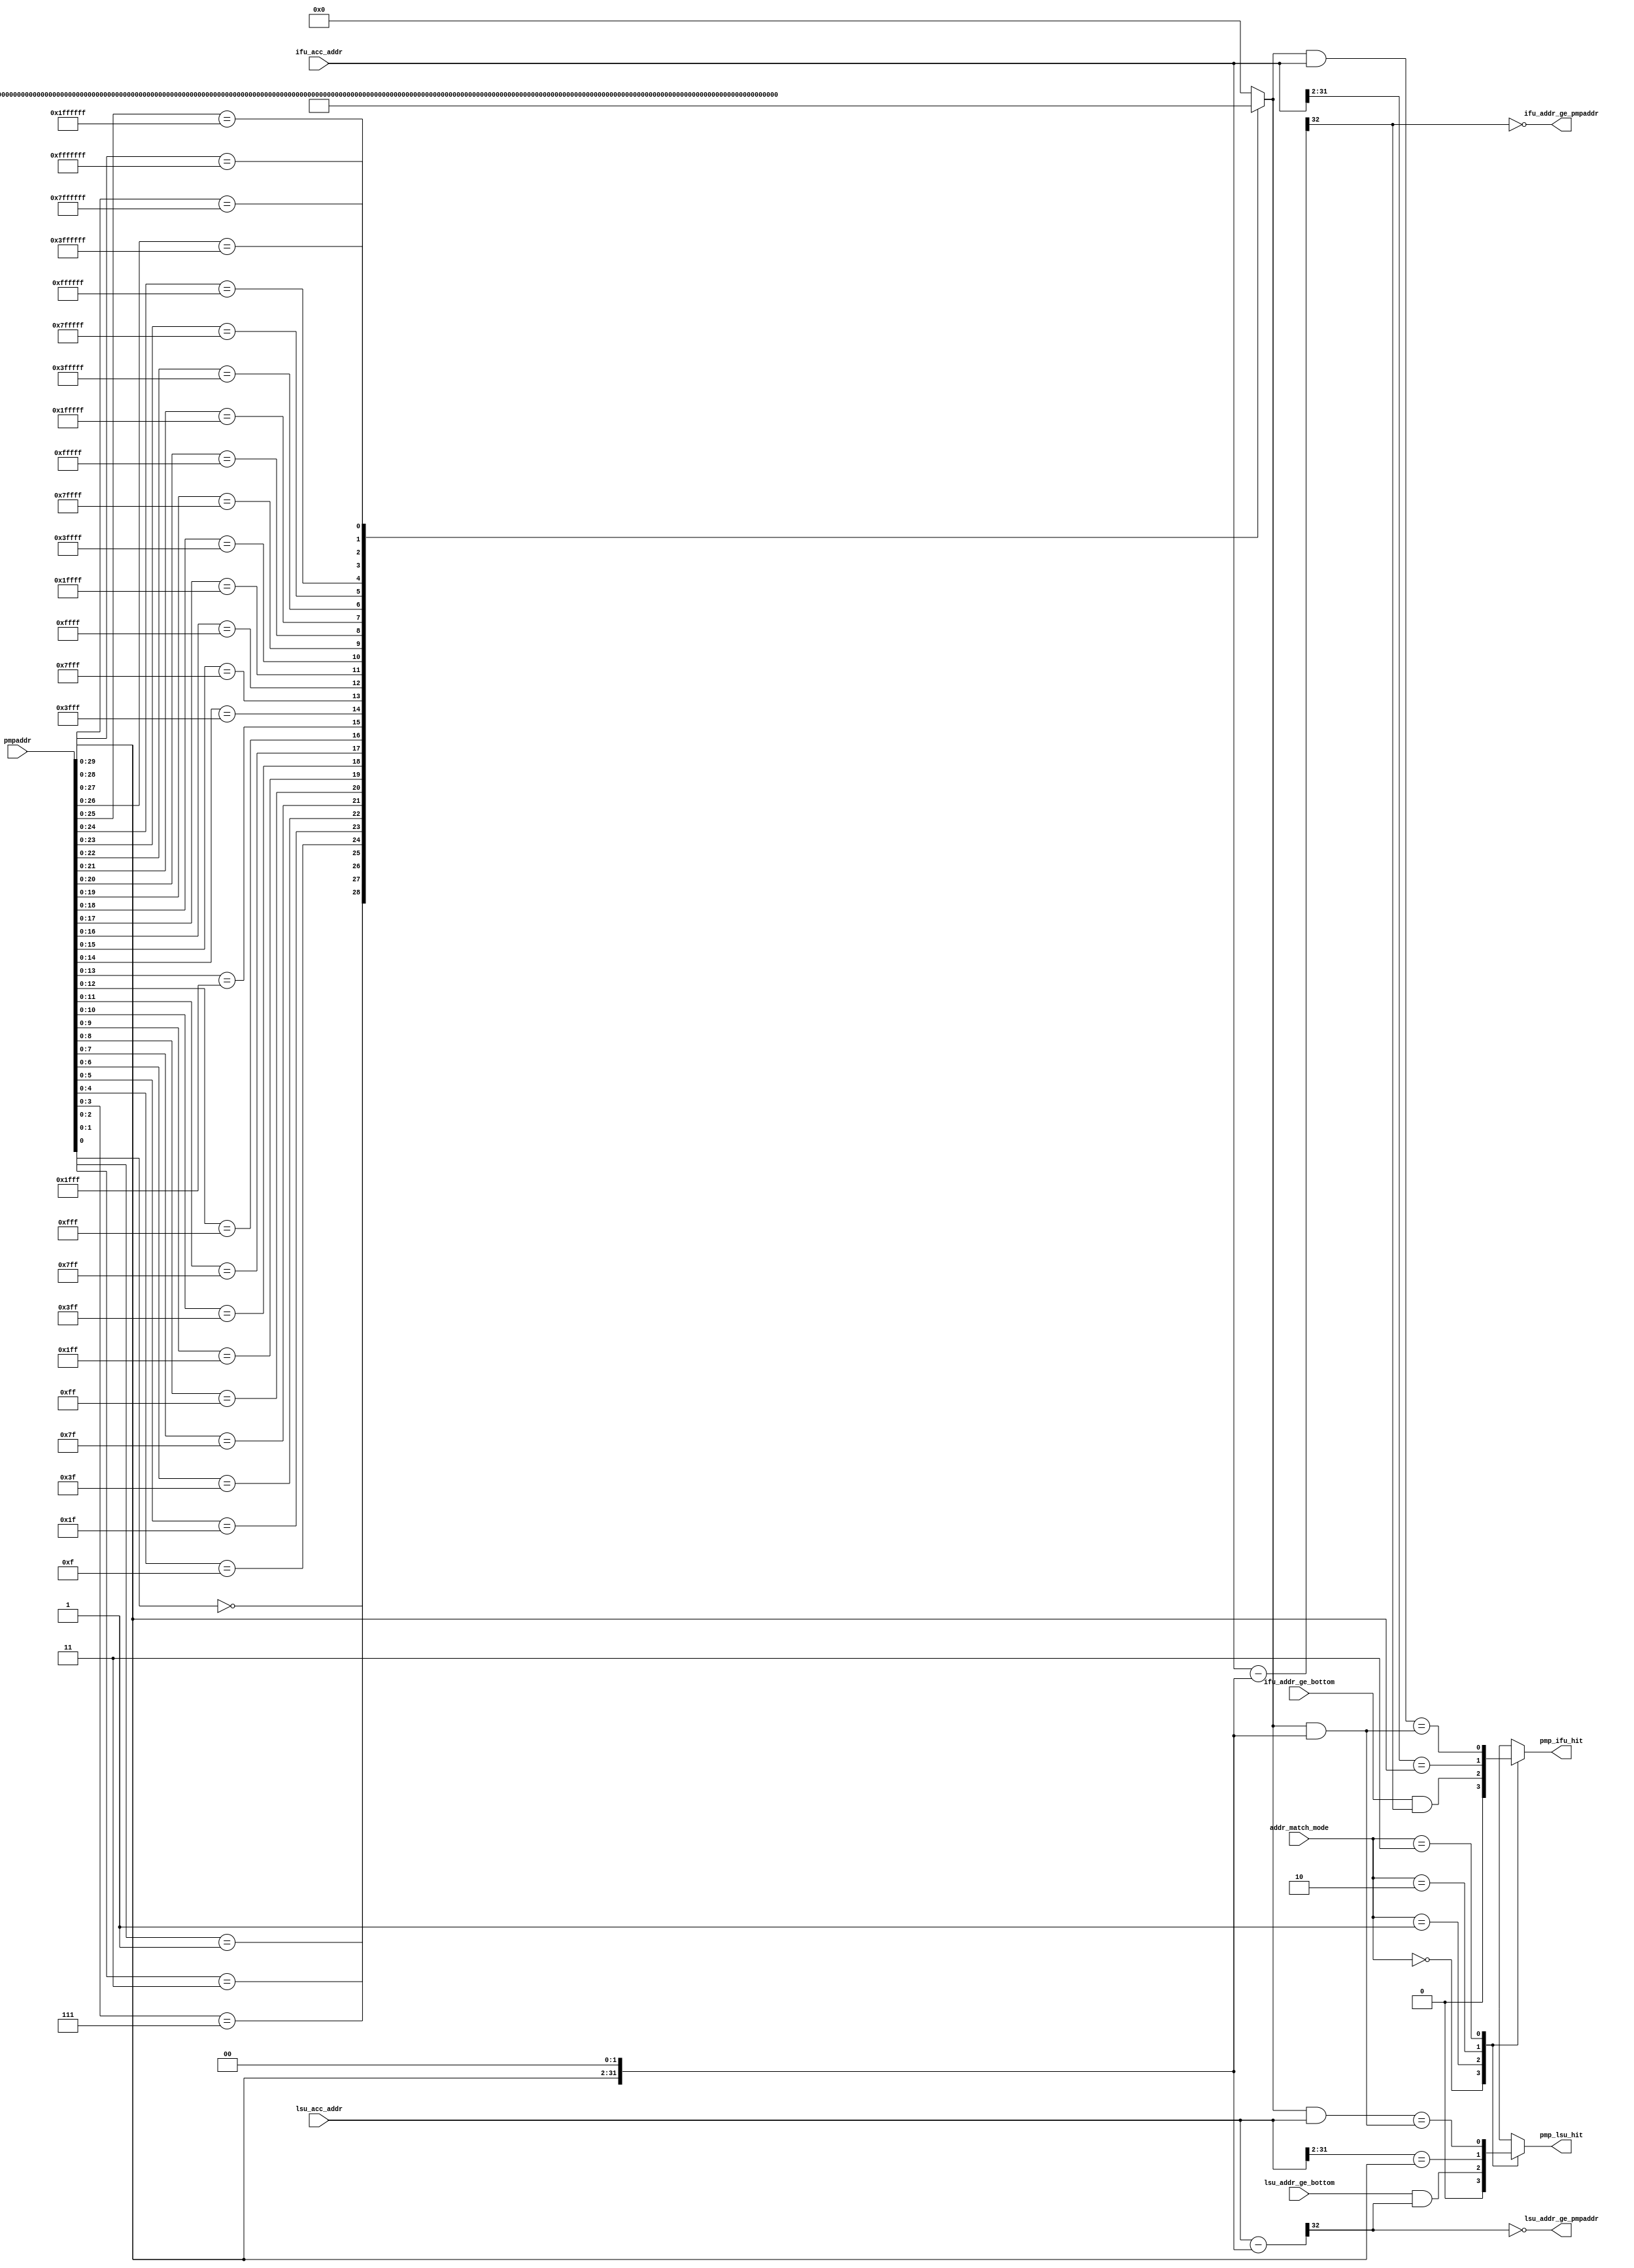
/*Copyright 2018-2021 T-Head Semiconductor Co., Ltd.

Licensed under the Apache License, Version 2.0 (the "License");
you may not use this file except in compliance with the License.
You may obtain a copy of the License at

    http://www.apache.org/licenses/LICENSE-2.0

Unless required by applicable law or agreed to in writing, software
distributed under the License is distributed on an "AS IS" BASIS,
WITHOUT WARRANTIES OR CONDITIONS OF ANY KIND, either express or implied.
See the License for the specific language governing permissions and
limitations under the License.
*/
module cr_pmp_comp_hit(
  addr_match_mode,
  ifu_acc_addr,
  ifu_addr_ge_bottom,
  ifu_addr_ge_pmpaddr,
  lsu_acc_addr,
  lsu_addr_ge_bottom,
  lsu_addr_ge_pmpaddr,
  pmp_ifu_hit,
  pmp_lsu_hit,
  pmpaddr
);

// &Ports; @25
input   [1 :0]  addr_match_mode;     
input   [31:0]  ifu_acc_addr;        
input           ifu_addr_ge_bottom;  
input   [31:0]  lsu_acc_addr;        
input           lsu_addr_ge_bottom;  
input   [31:0]  pmpaddr;             
output          ifu_addr_ge_pmpaddr; 
output          lsu_addr_ge_pmpaddr; 
output          pmp_ifu_hit;         
output          pmp_lsu_hit;         

// &Regs; @26
reg     [31:0]  addr_mask;           
reg             pmp_ifu_hit;         
reg             pmp_lsu_hit;         

// &Wires; @27
wire    [1 :0]  addr_match_mode;     
wire    [31:0]  ifu_acc_addr;        
wire            ifu_addr_ge_bottom;  
wire            ifu_addr_ge_pmpaddr; 
wire            ifu_addr_ls_top;     
wire    [32:0]  ifu_comp_adder;      
wire            ifu_na4_addr_match;  
wire            ifu_napot_addr_match; 
wire            ifu_tor_addr_match;  
wire    [31:0]  lsu_acc_addr;        
wire            lsu_addr_ge_bottom;  
wire            lsu_addr_ge_pmpaddr; 
wire            lsu_addr_ls_top;     
wire    [32:0]  lsu_comp_adder;      
wire            lsu_na4_addr_match;  
wire            lsu_napot_addr_match; 
wire            lsu_tor_addr_match;  
wire    [31:0]  pmpaddr;             


// &Force("bus","pmpaddr",31,0); @29
//==========================================================
//                Address Matching Logic
//==========================================================
//Compare access address by four address-matching mode,and 
//generate address hit information
// &CombBeg; @35
always @( ifu_na4_addr_match
       or ifu_tor_addr_match
       or addr_match_mode[1:0]
       or ifu_napot_addr_match)
begin
  case(addr_match_mode[1:0])
    2'b00:   pmp_ifu_hit = 1'b0;                 //OFF
    2'b01:   pmp_ifu_hit = ifu_tor_addr_match;   //TOR 
    2'b10:   pmp_ifu_hit = ifu_na4_addr_match;   //NA4
    2'b11:   pmp_ifu_hit = ifu_napot_addr_match; //NAPOT
    default: pmp_ifu_hit = 1'b0; 
  endcase
// &CombEnd; @43
end

// &CombBeg; @45
always @( lsu_tor_addr_match
       or addr_match_mode[1:0]
       or lsu_na4_addr_match
       or lsu_napot_addr_match)
begin
  case(addr_match_mode[1:0])
    2'b00:   pmp_lsu_hit = 1'b0;                 //OFF
    2'b01:   pmp_lsu_hit = lsu_tor_addr_match;   //TOR 
    2'b10:   pmp_lsu_hit = lsu_na4_addr_match;   //NA4
    2'b11:   pmp_lsu_hit = lsu_napot_addr_match; //NAPOT
    default: pmp_lsu_hit = 1'b0; 
  endcase
// &CombEnd; @53
end

//1. TOR mode : pmpaddr[i-1]<= addr < pmpaddr[i]
assign ifu_comp_adder[32:0] = {1'b0,ifu_acc_addr[31:0]} - {1'b0,pmpaddr[29:0],2'b0};
assign ifu_addr_ls_top      = ifu_comp_adder[32];
assign ifu_addr_ge_pmpaddr  = !ifu_comp_adder[32];
assign ifu_tor_addr_match   = ifu_addr_ge_bottom && ifu_addr_ls_top;

assign lsu_comp_adder[32:0] = {1'b0,lsu_acc_addr[31:0]} - {1'b0,pmpaddr[29:0],2'b0};
assign lsu_addr_ls_top      = lsu_comp_adder[32];
assign lsu_addr_ge_pmpaddr  = !lsu_comp_adder[32];
assign lsu_tor_addr_match   = lsu_addr_ge_bottom && lsu_addr_ls_top;

//2. NAPOT : addr &addr_mask == pmpaddr & addr_mask
assign ifu_napot_addr_match = (addr_mask[31:0] & ifu_acc_addr[31:0]) == (addr_mask[31:0] &{pmpaddr[29:0],2'b0});
assign lsu_napot_addr_match = (addr_mask[31:0] & lsu_acc_addr[31:0]) == (addr_mask[31:0] &{pmpaddr[29:0],2'b0});

//3. NA4 : addr[31:2] == pmpaddr[29:0]
assign ifu_na4_addr_match   = (ifu_acc_addr[31:2] == pmpaddr[29:0]);
assign lsu_na4_addr_match   = (lsu_acc_addr[31:2] == pmpaddr[29:0]);

//----------------------------------------------------------
//Generate the address mask for the addr come from ifu or iu
//register the addr mask signal to avoid timing violation
//----------------------------------------------------------
// &CombBeg; @78
always @( pmpaddr[29:0])
begin
  casez(pmpaddr[29:0])
    30'b??_????_????_????_????_????_????_???0 : addr_mask[31:0] = 32'hfffffff8; //8B
    30'b??_????_????_????_????_????_????_??01 : addr_mask[31:0] = 32'hfffffff0; //16B
    30'b??_????_????_????_????_????_????_?011 : addr_mask[31:0] = 32'hffffffe0; //32B
    30'b??_????_????_????_????_????_????_0111 : addr_mask[31:0] = 32'hffffffc0; //64B
    30'b??_????_????_????_????_????_???0_1111 : addr_mask[31:0] = 32'hffffff80; //128B
    30'b??_????_????_????_????_????_??01_1111 : addr_mask[31:0] = 32'hffffff00; //256B
    30'b??_????_????_????_????_????_?011_1111 : addr_mask[31:0] = 32'hfffffe00; //512B
    30'b??_????_????_????_????_????_0111_1111 : addr_mask[31:0] = 32'hfffffc00; //1KB
    30'b??_????_????_????_????_???0_1111_1111 : addr_mask[31:0] = 32'hfffff800; //2KB
    30'b??_????_????_????_????_??01_1111_1111 : addr_mask[31:0] = 32'hfffff000; //4KB
    30'b??_????_????_????_????_?011_1111_1111 : addr_mask[31:0] = 32'hffffe000; //8KB
    30'b??_????_????_????_????_0111_1111_1111 : addr_mask[31:0] = 32'hffffc000; //16KB
    30'b??_????_????_????_???0_1111_1111_1111 : addr_mask[31:0] = 32'hffff8000; //32KB
    30'b??_????_????_????_??01_1111_1111_1111 : addr_mask[31:0] = 32'hffff0000; //64KB
    30'b??_????_????_????_?011_1111_1111_1111 : addr_mask[31:0] = 32'hfffe0000; //128KB
    30'b??_????_????_????_0111_1111_1111_1111 : addr_mask[31:0] = 32'hfffc0000; //256KB
    30'b??_????_????_???0_1111_1111_1111_1111 : addr_mask[31:0] = 32'hfff80000; //512KB
    30'b??_????_????_??01_1111_1111_1111_1111 : addr_mask[31:0] = 32'hfff00000; //1M
    30'b??_????_????_?011_1111_1111_1111_1111 : addr_mask[31:0] = 32'hffe00000; //2M
    30'b??_????_????_0111_1111_1111_1111_1111 : addr_mask[31:0] = 32'hffc00000; //4M
    30'b??_????_???0_1111_1111_1111_1111_1111 : addr_mask[31:0] = 32'hff800000; //8M
    30'b??_????_??01_1111_1111_1111_1111_1111 : addr_mask[31:0] = 32'hff000000; //16M
    30'b??_????_?011_1111_1111_1111_1111_1111 : addr_mask[31:0] = 32'hfe000000; //32M
    30'b??_????_0111_1111_1111_1111_1111_1111 : addr_mask[31:0] = 32'hfc000000; //64M
    30'b??_???0_1111_1111_1111_1111_1111_1111 : addr_mask[31:0] = 32'hf8000000; //128M
    30'b??_??01_1111_1111_1111_1111_1111_1111 : addr_mask[31:0] = 32'hf0000000; //256M
    30'b??_?011_1111_1111_1111_1111_1111_1111 : addr_mask[31:0] = 32'he0000000; //512M
    30'b??_0111_1111_1111_1111_1111_1111_1111 : addr_mask[31:0] = 32'hc0000000; //1G
    30'b?0_1111_1111_1111_1111_1111_1111_1111 : addr_mask[31:0] = 32'h80000000; //2G
    30'b01_1111_1111_1111_1111_1111_1111_1111 : addr_mask[31:0] = 32'h00000000; //4G
    default:                                    addr_mask[31:0] = 32'b0;
  endcase
// &CombEnd; @112
end

// &ModuleEnd; @114
endmodule